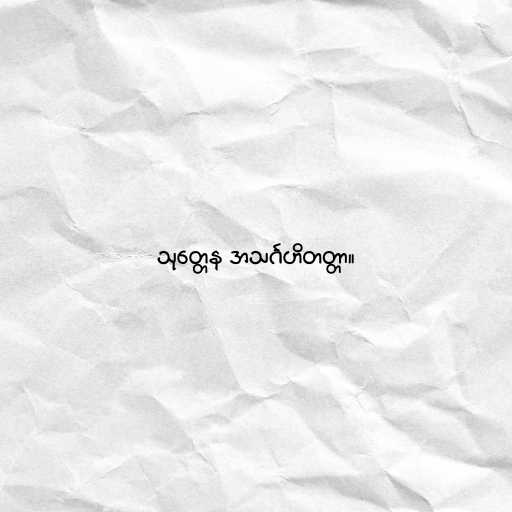
သုတ္တေန အသင်္ဂဟိတတ္တာ။